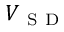
V _ { \mathrm { ~ S ~ D ~ } }